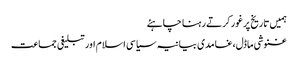
ہمیں تاریخ پر غور کرتے رہنا چاہئے
غنوشی ماڈل،غامدی بیانیہ سیاسی اسلام اور تبلیغی جماعت